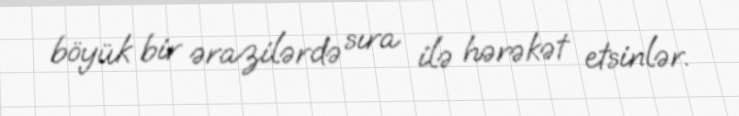
böyük bir ərazilərdə sıra ilə hərəkət etsinlər.